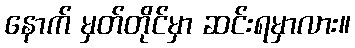
နောက် မှတ်တိုင်မှာ ဆင်းရမှာလား။